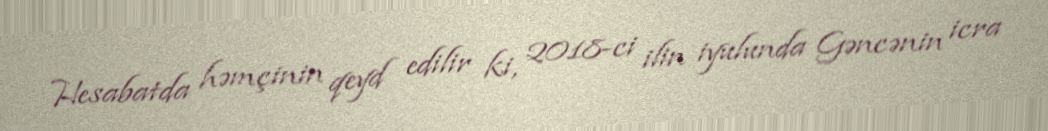
Hesabatda həmçinin qeyd edilir ki, 2018-ci ilin iyulunda Gəncənin icra